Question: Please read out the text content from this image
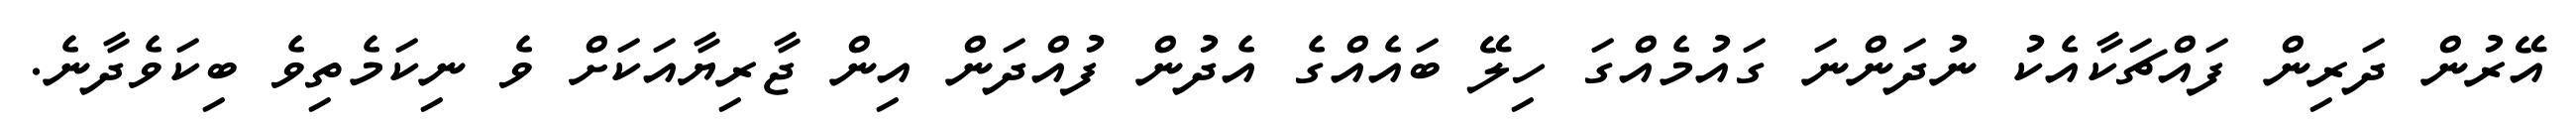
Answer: އޭރުން ދަރިން ފައްޗަކާއެކު ނުދަންނަ ގައުމެއްގަ ހިލޭ ބައެއްގެ އެދުން ފުއްދަން އިން ޖާރިޔާއަކަށް ވެ ނިކަމެތިވެ ބިކަވެދާނެ.